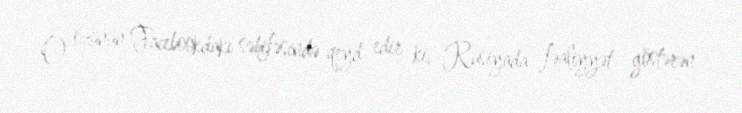
O, özünün Facebookdakı səhifəsində qeyd edir ki, Rusiyada fəaliyyət göstərən